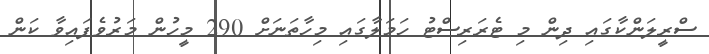
ސްރީލަންކާގައި ދިން މި ޓެރަރިސްޓު ހަމަލާގައި މިހާތަނަށް 290 މީހުން މަރުވެފައިވާ ކަން